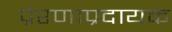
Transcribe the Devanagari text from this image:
प्रेरणाप्रदायक